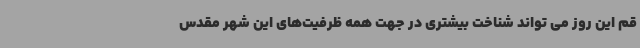
قم این روز می تواند شناخت بیشتری در جهت همه ظرفیت‌های این شهر مقدس